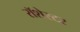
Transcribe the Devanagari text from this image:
रॉशेस्टर